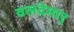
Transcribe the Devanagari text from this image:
वलदेमार्